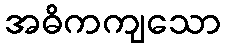
အဓိကကျသော